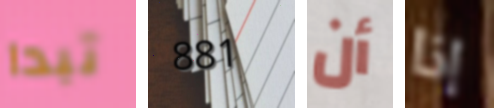
تبدا 881 أن إذا